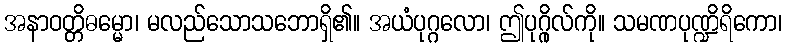
အနာဝတ္တိဓမ္မော၊ မလည်သောသဘောရှိ၏။ အယံပုဂ္ဂလော၊ ဤပုဂ္ဂိုလ်ကို။ သမဏပုဏ္ဍိရိကော၊